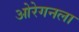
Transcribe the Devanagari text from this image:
ओरेगनला